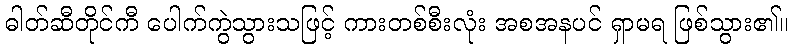
ဓါတ်ဆီတိုင်ကီ ပေါက်ကွဲသွားသဖြင့် ကားတစ်စီးလုံး အစအနပင် ရှာမရ ဖြစ်သွား၏။